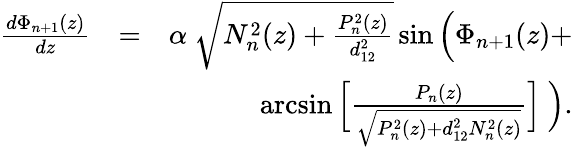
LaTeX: \begin{array}{rlr}{\frac{d\Phi_{n+1}(z)}{dz}}&{=}&{\alpha\ \sqrt{N_{n}^{2}(z)+\frac{P_{n}^{2}(z)}{d_{12}^{2}}}\sin\Big(\Phi_{n+1}(z)+}\\ &{}&{\arcsin\Big[\frac{P_{n}(z)}{\sqrt{P_{n}^{2}(z)+d_{12}^{2}N_{n}^{2}(z)}}\Big]\ \Big).}\end{array}